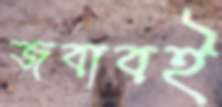
জবাবই